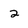
Character: 2